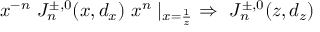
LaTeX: x ^ { - n } \ J _ { n } ^ { \pm , 0 } ( x , d _ { x } ) \ x ^ { n } \mid _ { x = { \frac { 1 } { z } } } \ \Rightarrow \ J _ { n } ^ { \pm , 0 } ( z , d _ { z } )